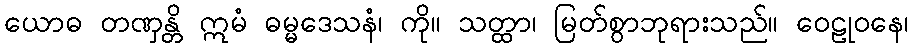
ယောဓ တဏှန္တိ ဣမံ ဓမ္မဒေသနံ၊ ကို။ သတ္ထာ၊ မြတ်စွာဘုရားသည်။ ဝေဠုဝနေ၊